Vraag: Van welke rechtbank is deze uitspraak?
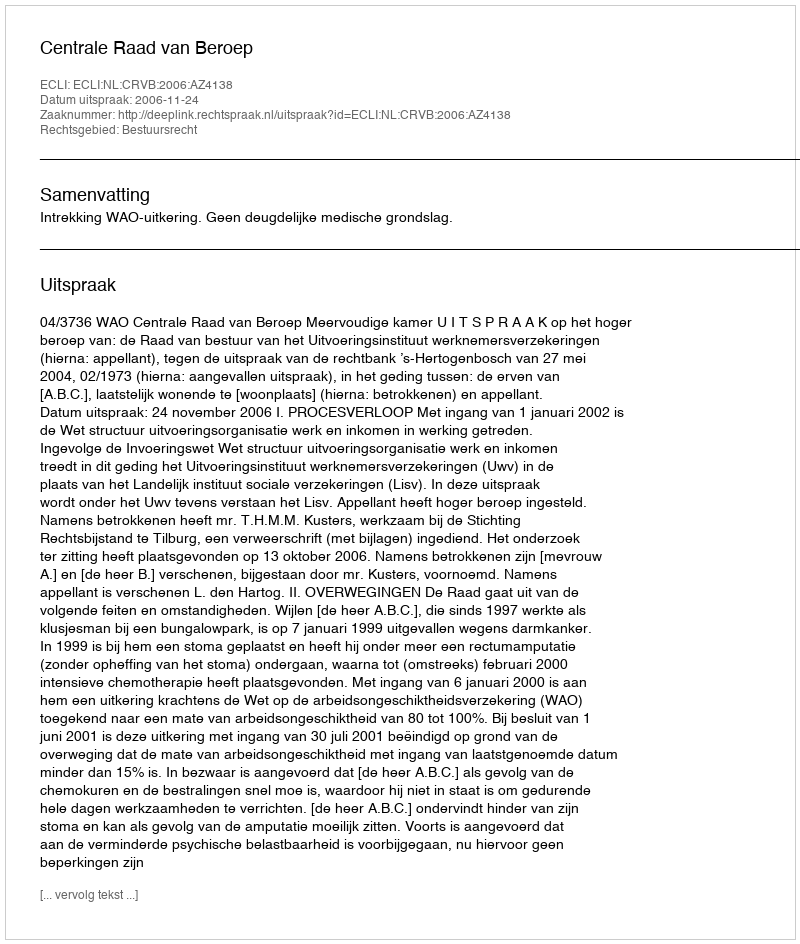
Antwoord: Centrale Raad van Beroep